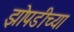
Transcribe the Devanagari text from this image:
झोपडीच्या